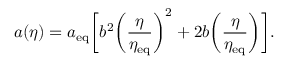
a ( \eta ) = a _ { \mathrm { e q } } \biggl [ b ^ { 2 } \biggl ( \frac { \eta } { \eta _ { \mathrm { e q } } } \biggr ) ^ { 2 } + 2 b \biggl ( \frac { \eta } { \eta _ { \mathrm { e q } } } \biggr ) \biggr ] .